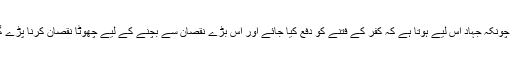
تو چونکہ جہاد اس لیے ہوتا ہے کہ کفر کے فتنے کو دفع کیا جائے اور اس بڑے نقصان سے بچنے کے لیے چھوٹا نقصان کرنا پڑے گا۔